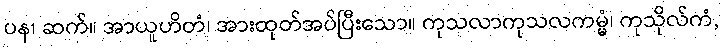
ပန၊ ဆက်။ အာယူဟိတံ၊ အားထုတ်အပ်ပြီးသော။ ကုသလာကုသလကမ္မံ၊ ကုသိုလ်ကံ,